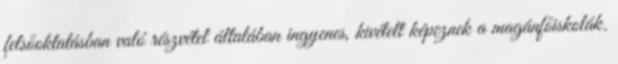
felsőoktatásban való részvétel általában ingyenes, kivételt képeznek a magánfőiskolák.